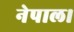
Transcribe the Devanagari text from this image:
नेपाल।